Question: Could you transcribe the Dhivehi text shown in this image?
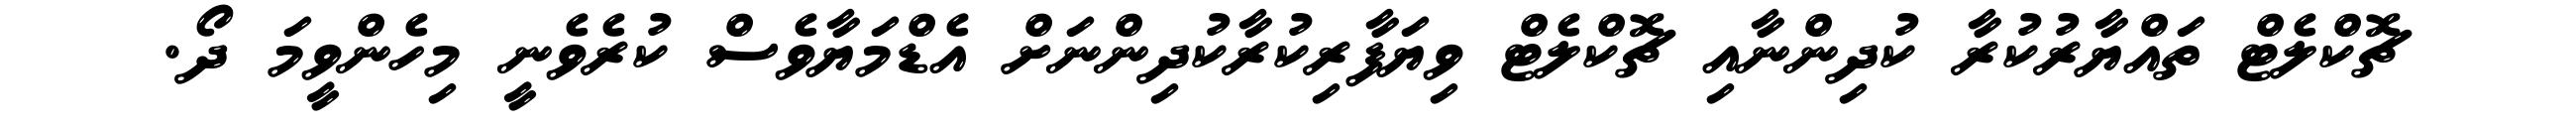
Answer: ޗޮކްލެޓް ތައްޔާރުކުރާ ކުދިންނާއި ޗޮކްލެޓް ވިޔަފާރިކުރާކުދިންނަށް އެޑްމަޔާވެސް ކުރެވެނީ މިހެންވީމަ ދޯ.